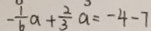
- \frac { 1 } { 6 } a + \frac { 2 } { 3 } a = - 4 - 7